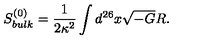
S _ { b u l k } ^ { ( 0 ) } = { \frac { 1 } { 2 \kappa ^ { 2 } } } \int d ^ { 2 6 } x \sqrt { - G } R .